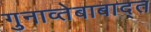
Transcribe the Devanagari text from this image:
गुनाव्तेबाबाद्त